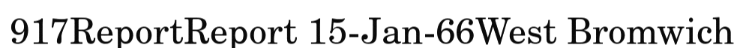
917ReportReport 15-Jan-66West Bromwich